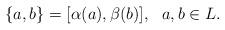
LaTeX: \begin{gather*} \{ a,b \} = [ \alpha (a) ,\beta (b) ] , \ \ a,b\in L.\end{gather*}